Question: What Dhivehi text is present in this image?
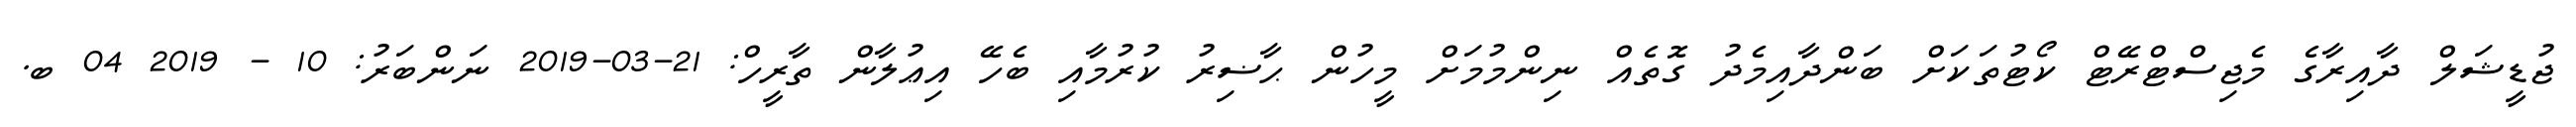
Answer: ޖުޑީޝަލް ދާއިރާގެ މެޖިސްޓްރޭޓް ކޯޓުތަކަށް ބަންދާއިމެދު ގޮތެއް ނިންމުމަށް މީހުން ޙާޟިރު ކުރުމާއި ބެހޭ އިޢުލާން ތާރީހް: 21-03-2019 ނަންބަރު: 10 - 2019 04 ބ.